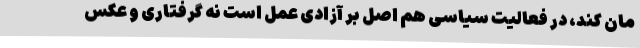
مان کند، در فعالیت سیاسی هم اصل بر آزادی عمل است نه گرفتاری و عکس